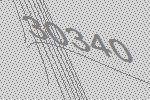
30340